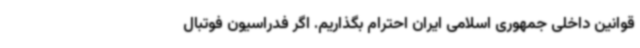
قوانین داخلی جمهوری اسلامی ایران احترام بگذاریم. اگر فدراسیون فوتبال